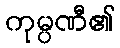
ကုမ္ပဏီ၏